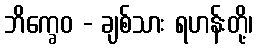
ဘိက္ခေဝ - ချစ်သား ရဟန်းတို့၊